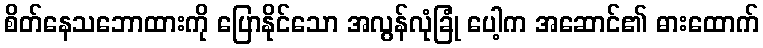
စိတ်နေသဘောထားကို ပြောနိုင်သော အလွန်လုံခြုံ ပေါ့က အဆောင်၏ ဓားထောက်